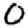
Digit: 0